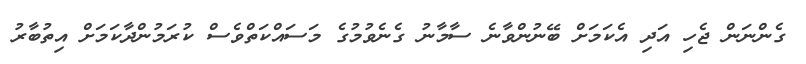
ގެންނަން ޖެހި އަދި އެކަމަށް ބޭނުންވާނެ ސާމާނު ގެނެވުމުގެ މަސައްކަތްވެސް ކުރަމުންދާކަމަށް އިތުބާރު